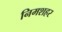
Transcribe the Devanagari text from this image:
निमशहर